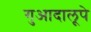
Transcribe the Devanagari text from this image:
गुआदालूपे